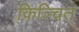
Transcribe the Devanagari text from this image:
कि़ञ्चित्